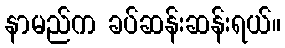
နာမည်က ခပ်ဆန်းဆန်းရယ်။